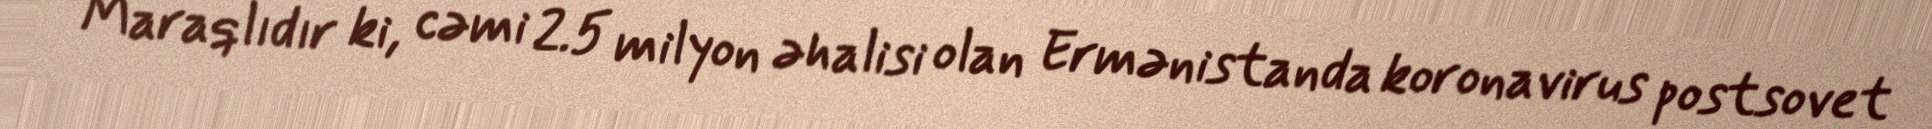
Maraqlıdır ki, cəmi 2.5 milyon əhalisi olan Ermənistanda koronavirus postsovet